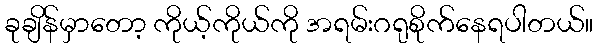
ခုချိန်မှာတော့ ကိုယ့်ကိုယ်ကို အရမ်းဂရုစိုက်နေရပါတယ်။